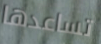
تساعدها